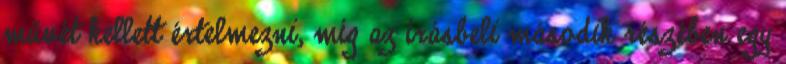
művét kellett értelmezni, míg az írásbeli második részében egy